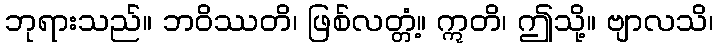
ဘုရားသည်။ ဘဝိဿတိ၊ ဖြစ်လတ္တံ့။ ဣတိ၊ ဤသို့။ ဗျာလသိ၊